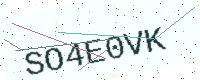
Text: SO4E0VK